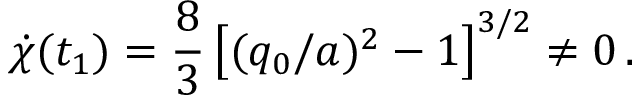
\dot { \chi } ( t _ { 1 } ) = { \frac { 8 } { 3 } } \left[ ( q _ { 0 } / a ) ^ { 2 } - 1 \right] ^ { 3 / 2 } \ne 0 \, .